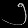
Digit: ၅